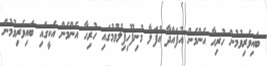
ބައިވެރިވުމުން ހުރިހާ އެންމެން އުފައްދާ އުފަލާ މުނިފޫހިފިލުވުމުގައި ހުރިހާ އެންމެން އެކީގައި ބައިވެރިވުމުން